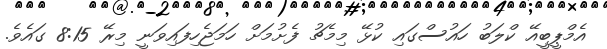
އެމްޕީބީއޭ ކްލަބު ހައުސްގައި ކުޅޭ މިމެޗު ފެށުމަށް ހަމަޖެހިފައިވަނީ މިރޭ 8:15 ގައެވެ.